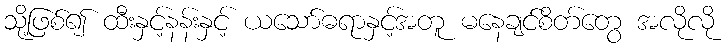
သို့ဖြစ်၍ ထီးနှင့်နန်းနှင့် ယသော်ဓရာနှင့်အတူ မနေချင်စိတ်တွေ အလိုလို